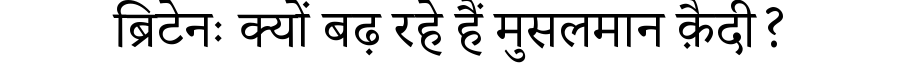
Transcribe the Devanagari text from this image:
ब्रिटेनः क्यों बढ़ रहे हैं मुसलमान क़ैदी?